Leaving Certificate Examination, 1903
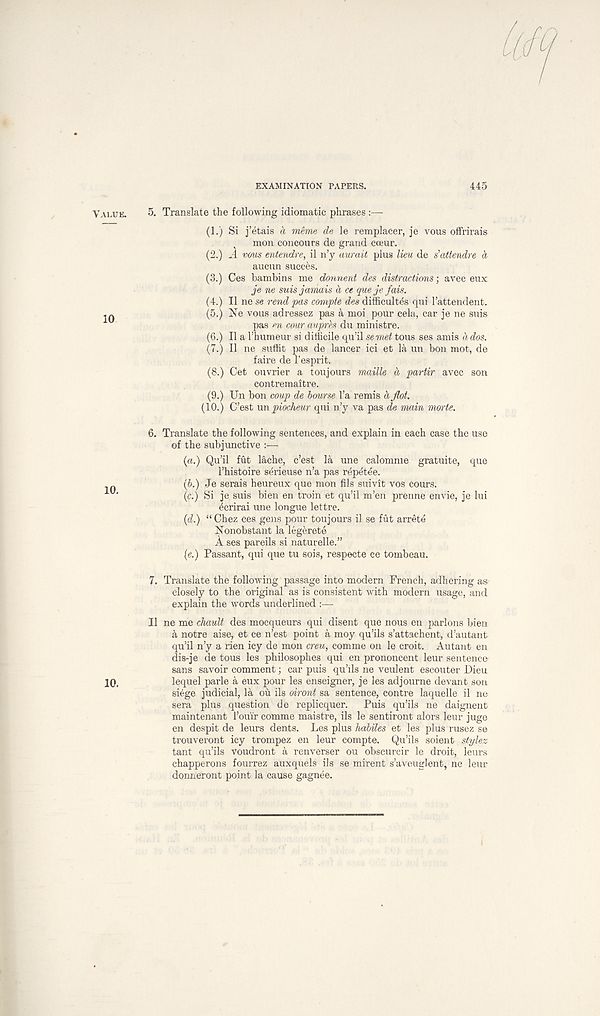
EXAMINATION PAPERS.
445
VALUE.
5. Translate the following idiomatic phrases :—
(1.) Si j’etais a memo de le remplacer, je vous offrirais
mon concours de grand cceur.
(2.) A vous entendre, il n’y await plus lieu de s’attendre d
aucun succes.
(3.) Ces bambins me donnent des distractions; avec eux
je ne suis jamais a ce que je fais.
(4.) II ne se rend pas compte des difficult^ qui 1’attendent.
(5.) Ne vous adressez pas a moi pour cela, car je ne suis
pas en cour auprh du ministre.
(6.) II a 1’humeur si difficile qu’il se met tous ses amis ados.
(7.) II ne suffit pas de lancer ici et la un bon mot, de
faire de I’esprit.
(8.) Get ouvrier a toujours maille d partir avec son
contremaitre.
(9.) Un bon coup de bourse l’a remis d Jlot.
(10.) C’est unpiocheur qui n’y va pas de main morte.
6. Translate the following sentences, and explain in each case the use
of the subjunctive —
{a.) Qu’il fut lache, c’est la une calomme gratuite, que
1’histoire serieuse n’a pas repetee.
„
(6.) Je serais heureux que mon fils suivit vos cours.
(c.) Si je suis bien en troin et qu’il m’en prenne envie, je lui
(icrirai une longue lettre.
{d.) “ Chez ces gens pour toujours il se fut arrete
Nonobstant la legerete
A ses pareils si naturelle.”
[e.) Passant, qui que tu sois, respecte ce tombeau.
7. Translate the following passage into modern French, adhering as
closely to the original as is consistent with modern usage, and
explain the words underlined :—
Il ne me chault des mocqueurs qui disent que nous en parlons bien
k notre aise, et ce n’est point a moy qu’ils s’attachent, d’autant
qu’il n’y a rien icy de mon creu, comme on le croit. Autant en
dis-je de tous les philosophes qui en prononcent leur sentence-
sans savoir comment; car puis qu’ils ne veulent escouter Dieu
10.
lequel parle a eux pour les enseigner, je les adjourne devant son
siege judicial, la ou ils oiront sa sentence, centre laquelle il ne
sera plus question de replicquer.
Puis qu’ils ne daignent
maintenant I’ou'ir comme maistre, ils le sentiront alors leur juge
en despit de leurs dents. Les plus habiles et les plus rusez se
trouveront icy trompez en leur compte. Qu’ils soient stylez
tant qu’ils voudront a renverser ou obscurcir le droit, leurs
chapperons fourrez auxquels ils se mirent s’aveuglent, ne leur
donneront point la cause gagnee.